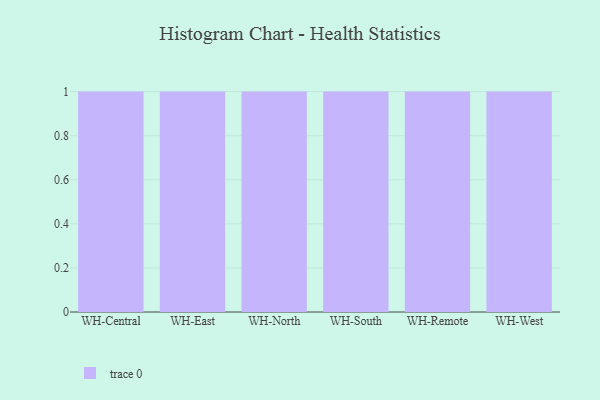
{"axis": {"x": "Warehouse", "y": "Net Income (USD K)"}, "legend": [""], "data": [{"x": "WH-Central", "y": 80, "type": ""}, {"x": "WH-East", "y": 45, "type": ""}, {"x": "WH-North", "y": 73, "type": ""}, {"x": "WH-South", "y": 95, "type": ""}, {"x": "WH-Remote", "y": 97, "type": ""}, {"x": "WH-West", "y": 75, "type": ""}]}